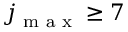
j _ { \textrm { m a x } } \ge 7